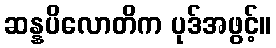
ဆန္နပိလောတိက ပုဒ်အဖွင့်။